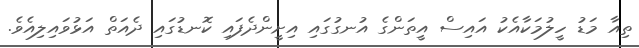
ތިއާ މަޑު ހީލުމަކާއެކު އައިސް އީތަންގެ އުނގުގައި އިށީންދެފައި ކޮނޑުގައި ދެއަތް އަޅުވައިލިއެވެ.